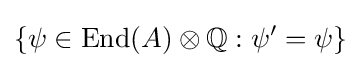
\{\psi \in \mathrm {End} (A)\otimes \mathbb {Q} :\psi '=\psi \}